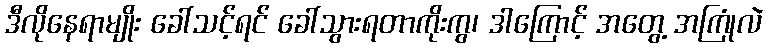
ဒီလိုနေရာမျိုး ခေါ်သင့်ရင် ခေါ်သွားရတာကိုးကွ၊ ဒါကြောင့် အတွေ့ အကြုံလဲ